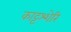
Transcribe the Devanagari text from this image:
काट्टश्शेरि